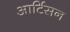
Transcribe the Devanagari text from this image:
आर्टिसन